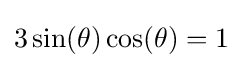
3\sin(\theta )\cos(\theta )=1